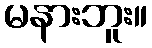
မနားဘူး။